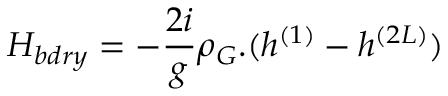
{ \cal H } _ { b d r y } = - \frac { 2 i } { g } \rho _ { G } . ( h ^ { ( 1 ) } - h ^ { ( 2 L ) } )